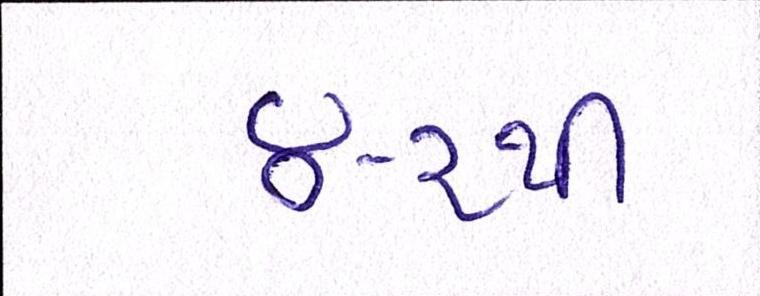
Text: ૪-૨થી